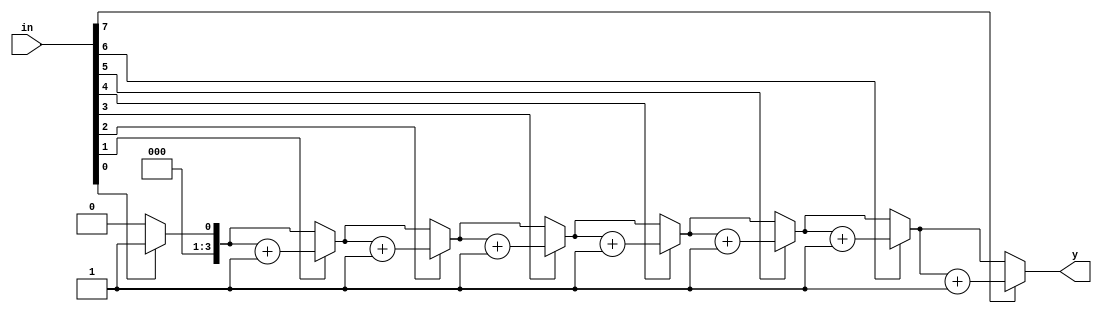
module counter1s (in, y);

input [7:0] in;

integer count;

output reg[3:0] y;


  always @(in)
  begin
      y = 0;
      for (count = 0; count < 8; count = count + 1)
      begin
        if(in[count] == 1'b1)
        begin
          y = y + 1;
        end  
      end
  end
endmodule